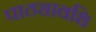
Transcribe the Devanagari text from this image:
पाठ्यावधि